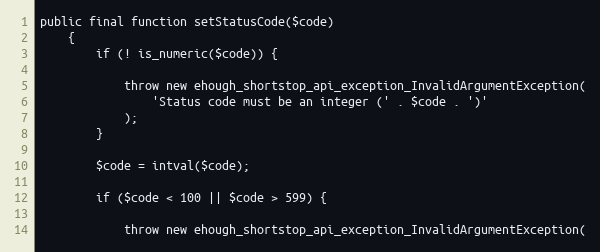
Language: PHP
public final function setStatusCode($code)
    {
        if (! is_numeric($code)) {

            throw new ehough_shortstop_api_exception_InvalidArgumentException(
                'Status code must be an integer (' . $code . ')'
            );
        }

        $code = intval($code);

        if ($code < 100 || $code > 599) {

            throw new ehough_shortstop_api_exception_InvalidArgumentException(